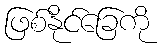
ဖြစ်နိုင်ခြေကို